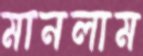
মানলাম